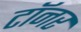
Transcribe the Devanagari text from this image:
टॉनर